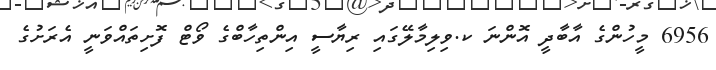
6956 މީހުންގެ އާބާދީ އޮންނަ ކ.ވިލިމާލޭގައި ރިޔާސީ އިންތިހާބްގެ ވޯޓް ފޮށިތައްވަނީ އެރަށުގެ